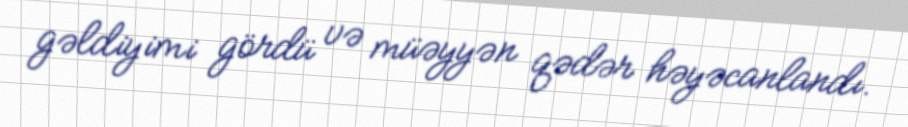
gəldiyimi gördü və müəyyən qədər həyəcanlandı.